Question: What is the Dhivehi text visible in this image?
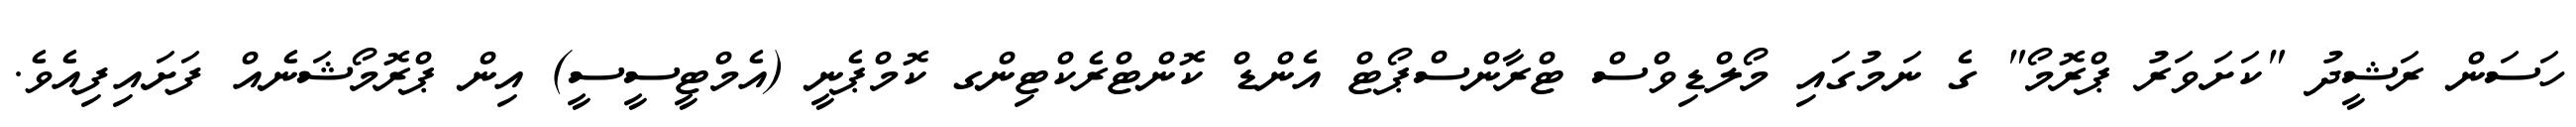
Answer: ހަސަން ރަޝީދު "ކަށަވަރު ޕްރޮމޯ" ގެ ނަމުގައި މޯލްޑިވްސް ޓްރާންސްޕޯޓް އެންޑް ކޮންޓްރެކްޓިންގ ކޮމްޕެނީ (އެމްޓީސީސީ) އިން ޕްރޮމޯޝަނެއް ފަށައިފިއެވެ.